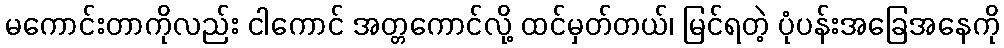
မကောင်းတာကိုလည်း ငါကောင် အတ္တကောင်လို့ ထင်မှတ်တယ်၊ မြင်ရတဲ့ ပုံပန်းအခြေအနေကို